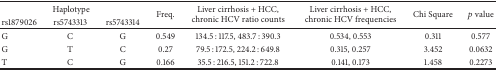
<table><thead><tr><td colspan="3"><b> Haplotype</b></td><td rowspan="2"><b>Freq.</b></td><td rowspan="2"><b>Liver cirrhosis + HCC, chronic HCV ratio counts</b></td><td rowspan="2"><b>Liver cirrhosis + HCC, chronic HCV frequencies</b></td><td rowspan="2"><b>Chi Square</b></td><td rowspan="2"><b><i>p</i> value</b></td></tr><tr><td><b>rs1879026</b></td><td><b>rs5743313</b></td><td><b>rs5743314</b></td></tr></thead><tbody><tr><td>G</td><td>C</td><td>G</td><td>0.549</td><td>134.5 : 117.5, 483.7 : 390.3</td><td>0.534, 0.553</td><td>0.311</td><td>0.577</td></tr><tr><td>G</td><td>T</td><td>C</td><td>0.27</td><td>79.5 : 172.5, 224.2 : 649.8</td><td>0.315, 0.257</td><td>3.452</td><td>0.0632</td></tr><tr><td>T</td><td>C</td><td>G</td><td>0.166</td><td>35.5 : 216.5, 151.2 : 722.8</td><td>0.141, 0.173</td><td>1.458</td><td>0.2273</td></tr></tbody></table>